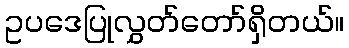
ဥပဒေပြုလွှတ်တော်ရှိတယ်။